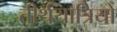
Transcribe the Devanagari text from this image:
तीर्थयात्रियो